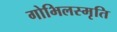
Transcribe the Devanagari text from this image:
गोभिलस्मृति